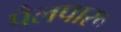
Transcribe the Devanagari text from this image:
पैलपारू